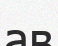
ав